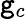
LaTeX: \mathtt{g}_{c}